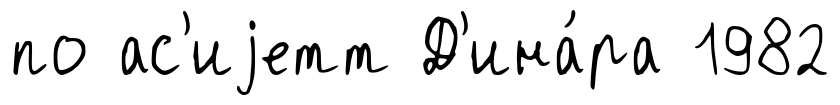
по ас'иjетт Д'ина́ра 1982